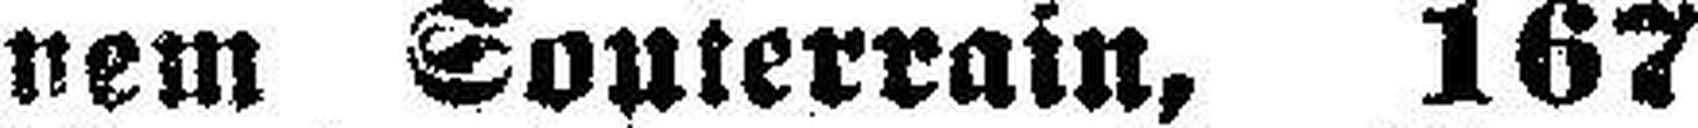
nem Souterrain, 167